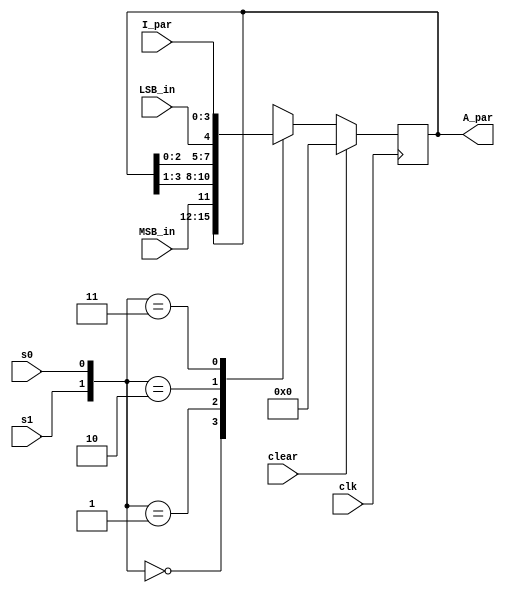
`timescale 1ns/1ns
module shift_register(                  
        input [3:0] I_par,
        input s1,
        input s0,
        input MSB_in,
        input LSB_in,
        input clk,
        input clear,
        output reg [3:0] A_par
);
always @(posedge clk)
if(clear == 1)begin
     A_par <= 4'b0000;
end
else
case({s1,s0})
2'b00: A_par <= A_par; //No change
2'b01: A_par <= {MSB_in , A_par[3:1]}; //Shift right
2'b10: A_par <= {A_par[2:0],LSB_in}; //Shift left
2'b11: A_par <= I_par; //Parallel Load of input
endcase

endmodule